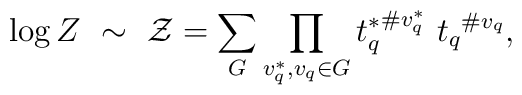
\log Z~\sim~{\cal Z}=\sum_{G} \prod_{v^*_q,v_q \in G}{t_q^*}^{\# v^*_q}\ {t_q}^{ \#v_q},